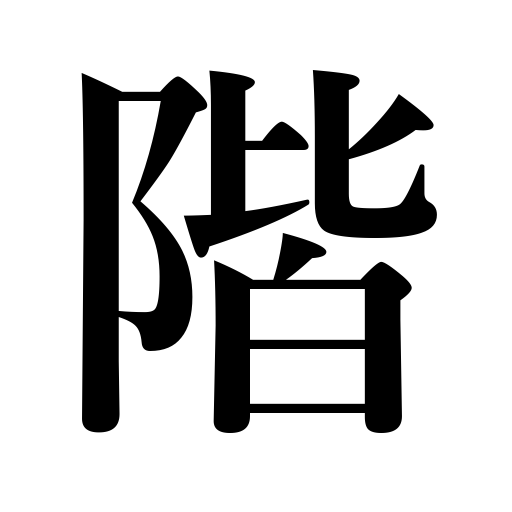
Meanings: step,stair,staircase,grade,round,story,counter for stories in a building,floor